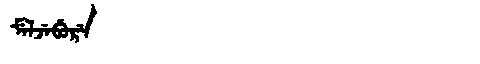
Manchu: ᠮᡝᠯᠵᡝᠪᡠᡵᡝ
Romanization: MELJEBURE